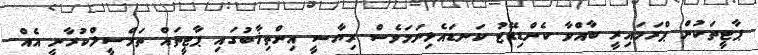
ޕާޓީތަކުން ޕްރަމައިރީ ބާއްވާ ކެންޑިޑޭޓު ކަނޑައެޅިނަމަވެސް ރިޔާސީ އިންތިޚާބުގައި ޕާޓީތައް ތަމްސީލްކުރާނީ އެއް